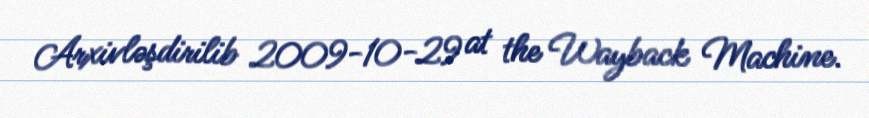
Arxivləşdirilib 2009-10-29 at the Wayback Machine.